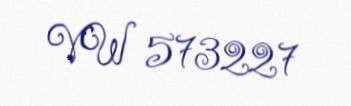
VW 573227